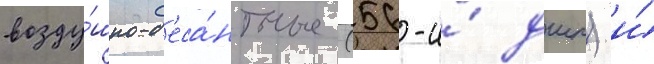
возду́шно-д'еса́нтные (56-и́ дшп) и́